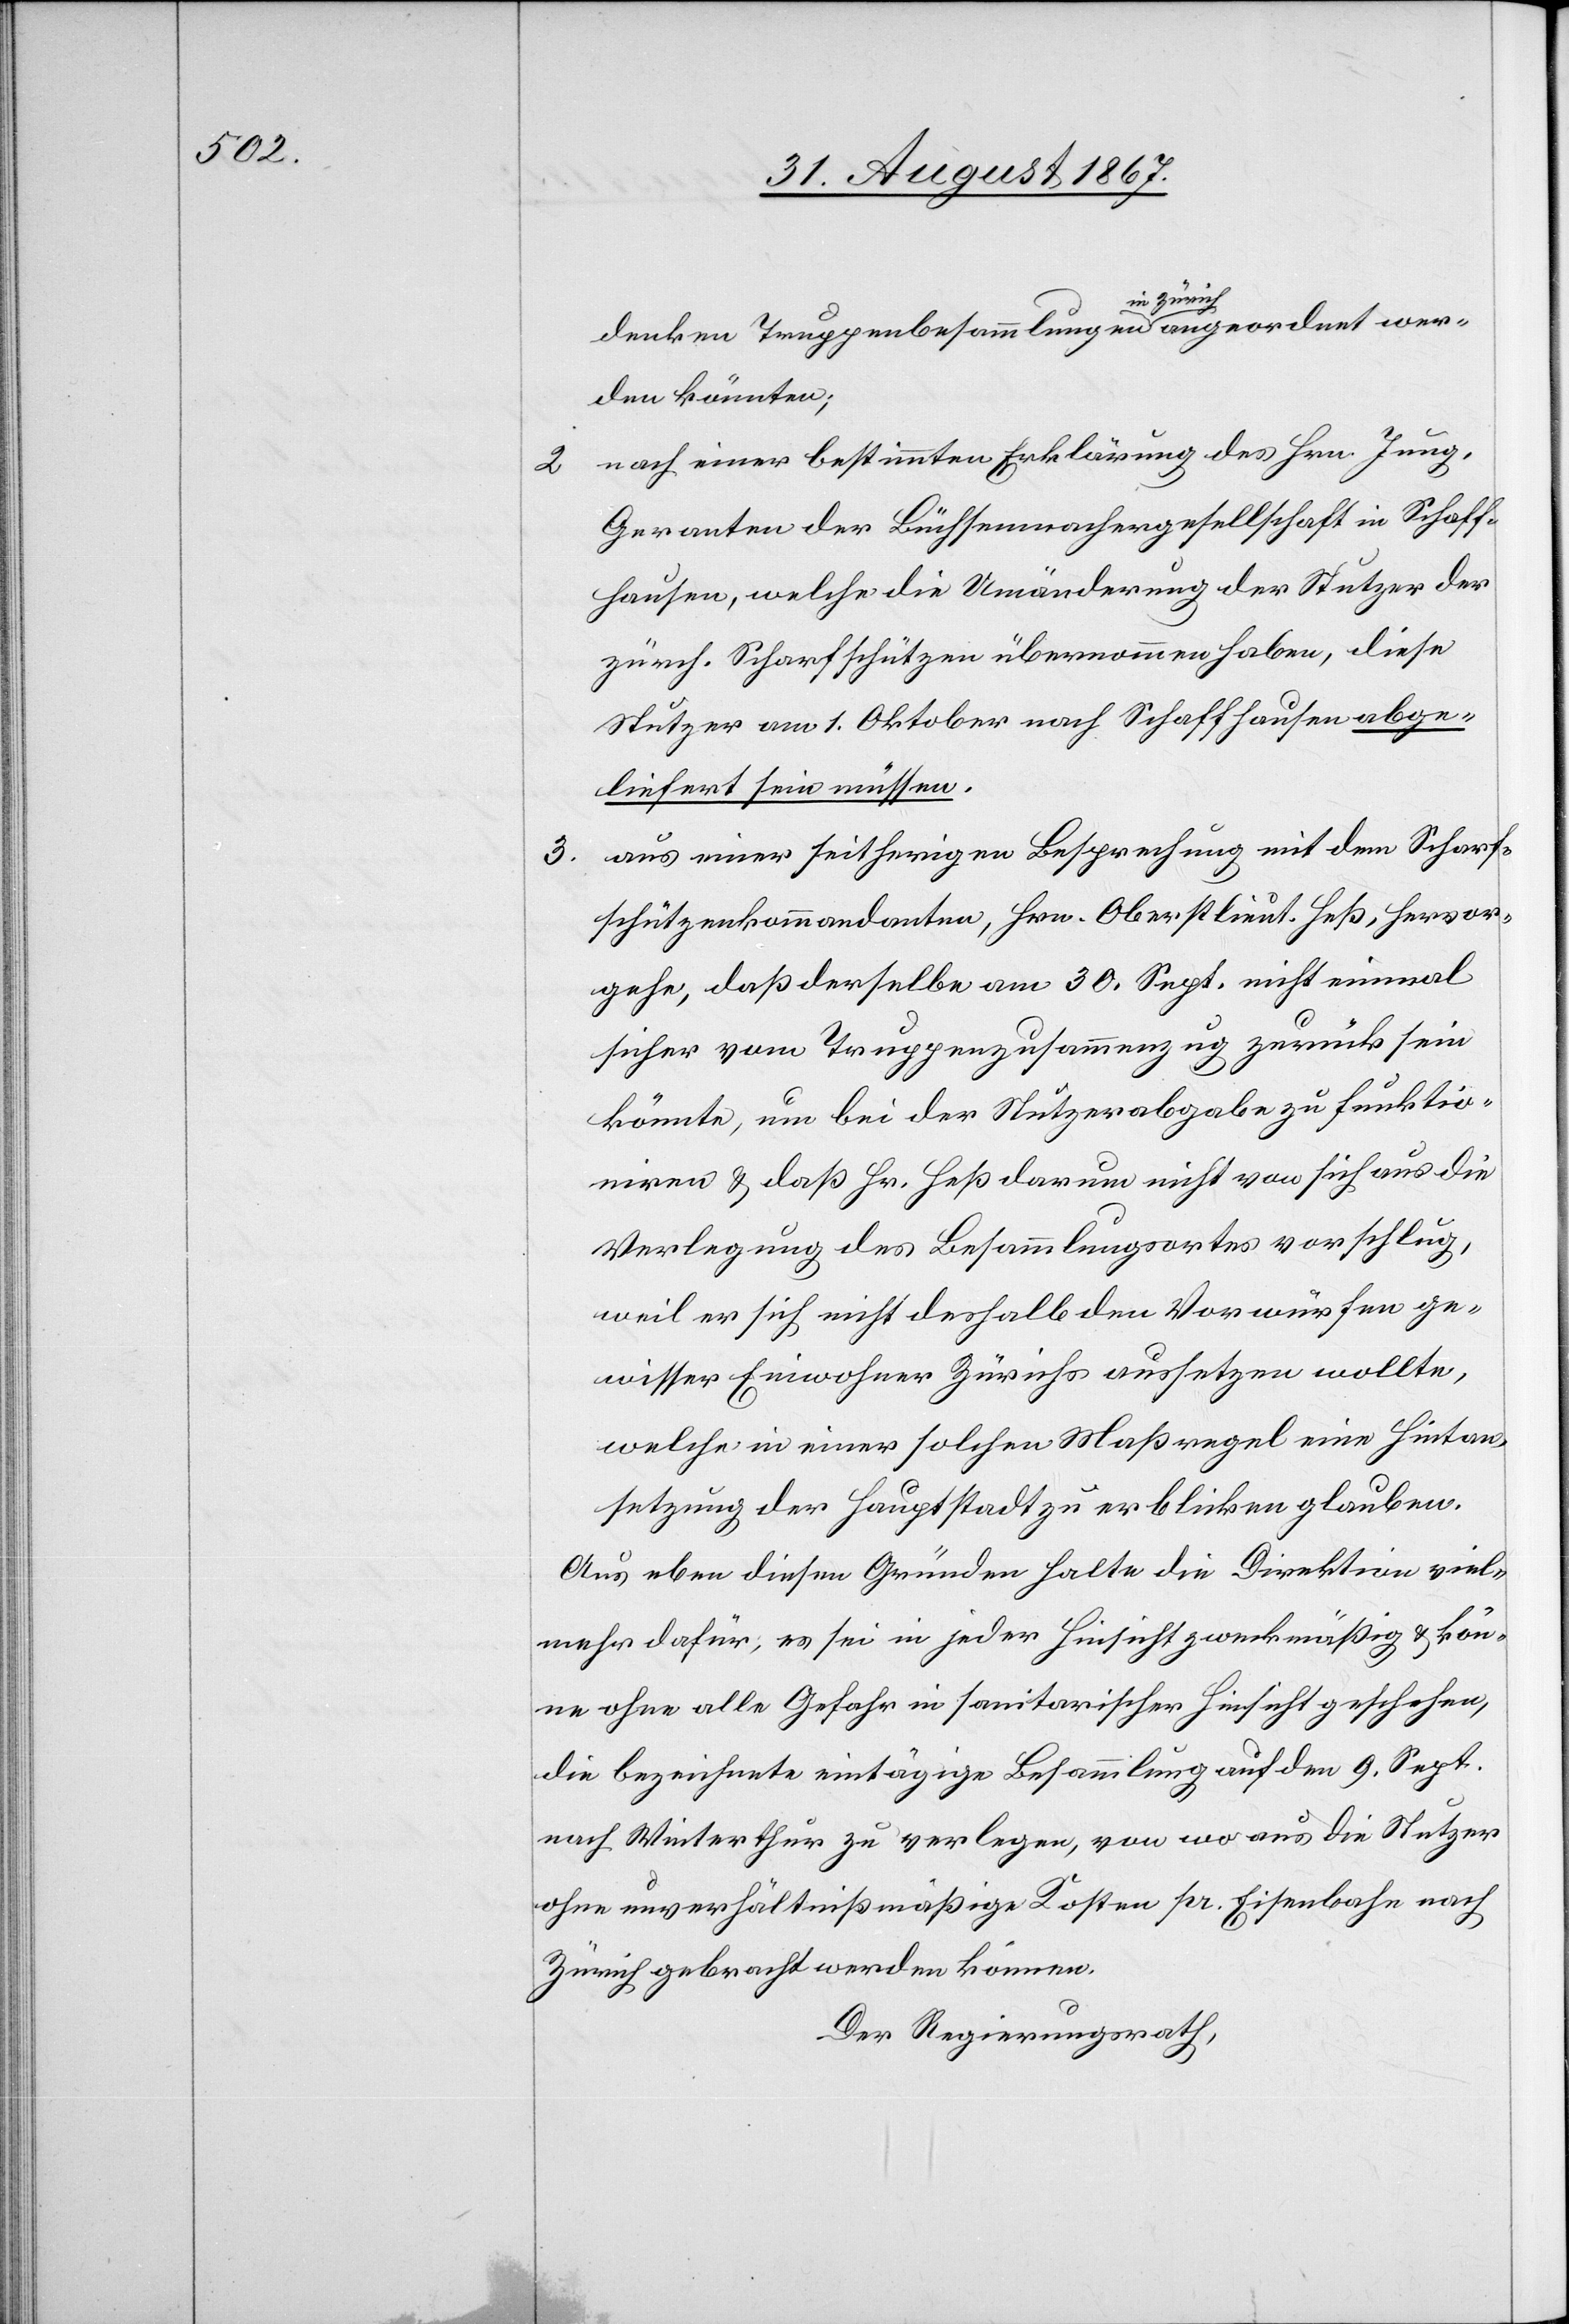
denken Truppenbesammlungen in Zürich angeordnet wer¬
den könnten;
2. nach einer bestimmten Erklärung des Hrn. Jung,
Geranten der Büchsenmachergesellschaft in Schaff¬
hausen, welche die Umänderung der Stutzer der
zürch. Scharfschützen übernommen habe, diese
Stutzer am 1. Oktober nach Schaffhausen abge¬
liefert sein müssen.
3. aus einer seitherigen Besprechung mit dem Scharf¬
schützenkommandanten, Hrn. Oberstlieut. Heß, hervor¬
gehe, daß derselbe am 30. Sept. nicht einmal
sicher vom Truppenzusammenzug zurück sein
könnte, um bei der Stutzerabgabe zu funktio¬
niren u. daß Hr. Heß darum nicht von sich aus die
Verlegung des Besammlungsortes vorschlug,
weil er sich nicht deshalb den Vorwürfen ge¬
wisser Einwohner Zürichs aussetzen wollte,
welche in einer solchen Maßregel eine Hintan¬
setzung der Hauptstadt zu erblicken glauben.
Aus eben diesen Gründen halte die Direktion viel¬
mehr dafür, es sei in jeder Hinsicht zweckmäßig u. kön¬
ne ohne alle Gefahr in sanitarischer Hinsicht geschehen,
die bezeichnete eintägige Besammlung auf dem 9. Sept.
nach Winterthur zu verlegen, von wo aus die Stutzer
ohne unverhältnißmäßige Kosten pr. Eisenbahn nach
Zürich gebracht werden können.
Der Regierungsrath,